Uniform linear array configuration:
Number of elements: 4
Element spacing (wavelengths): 0.75
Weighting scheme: uniform
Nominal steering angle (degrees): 15
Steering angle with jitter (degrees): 15.396
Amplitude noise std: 0.05
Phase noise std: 0.05

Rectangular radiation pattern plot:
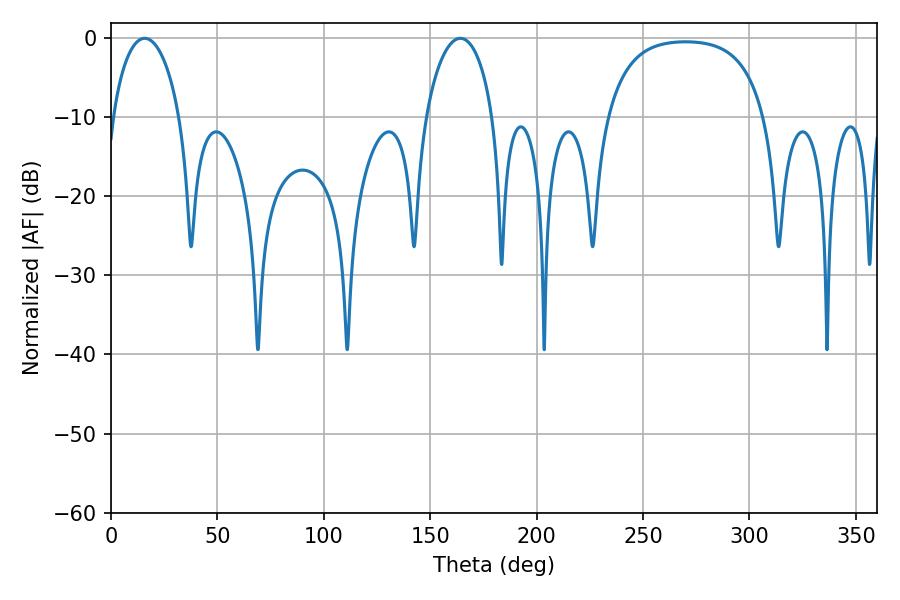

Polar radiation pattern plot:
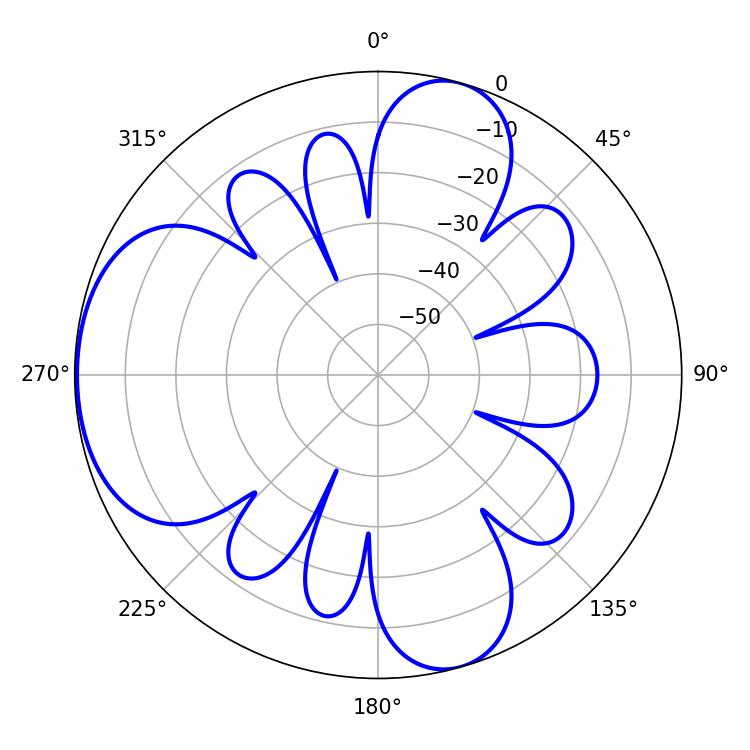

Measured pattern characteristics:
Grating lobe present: TRUE
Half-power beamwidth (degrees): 18
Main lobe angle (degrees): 15.84